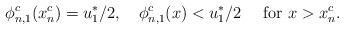
LaTeX: \begin{align*}\phi_{n,1}^c(x_{n}^c)=u_1^*/2,\ \ \ \phi_{n,1}^c(x)<u_1^*/2\ \ \ \ {\rm for}\ x>x_{n}^c.\end{align*}